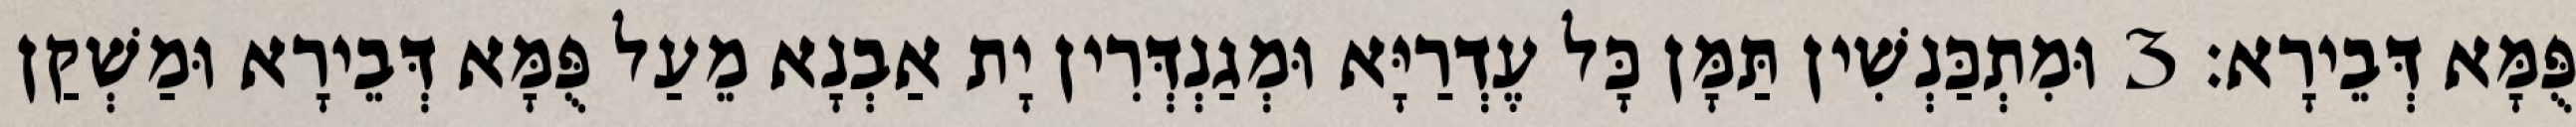
פֻּמָּא דְּבֵירָא׃ 3 וּמִתְכַּנְשִׁין תַּמָּן כָּל עֶדְרַיָּא וּמְגַנְדְּרִין יָת אַבְנָא מֵעַל פֻּמָּא דְּבֵירָא וּמַשְׁקַן